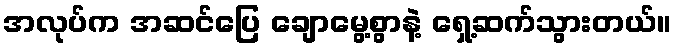
အလုပ်က အဆင်ပြေ ချောမွေ့စွာနဲ့ ရှေ့ဆက်သွားတယ်။